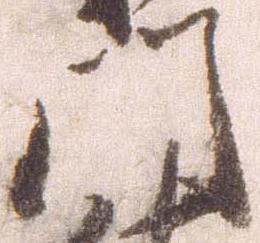
門